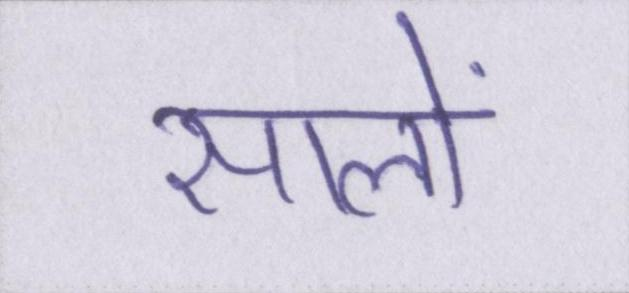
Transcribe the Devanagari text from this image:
सालों